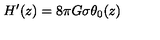
H ^ { \prime } ( z ) = 8 { \pi } G { \sigma } { \theta } _ { 0 } ( z )